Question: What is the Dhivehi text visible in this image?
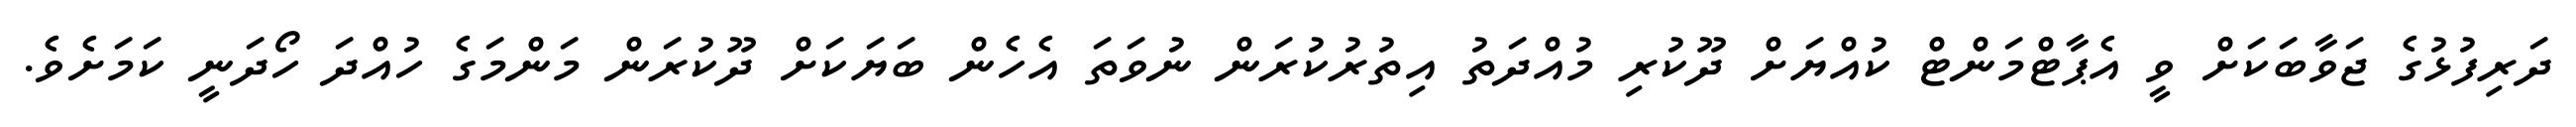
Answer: ދަރިފުޅުގެ ޖަވާބަކަށް ވީ އެޕާޓްމަންޓް ކުއްޔަށް ދޫކުރި މުއްދަތު އިތުރުކުރަން ނުވަތަ އެހެން ބަޔަކަށް ދޫކުރަން މަންމަގެ ހުއްދަ ހޯދަނީ ކަމަށެވެ.